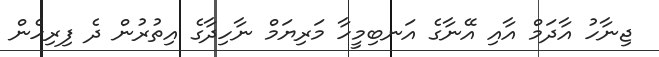
ޖިނާހު އާދަމް އާއި އޭނާގެ އަނބިމީހާ މަރިޔަމް ނާހިދާގެ އިތުރުން ދެ ފިރިހެން